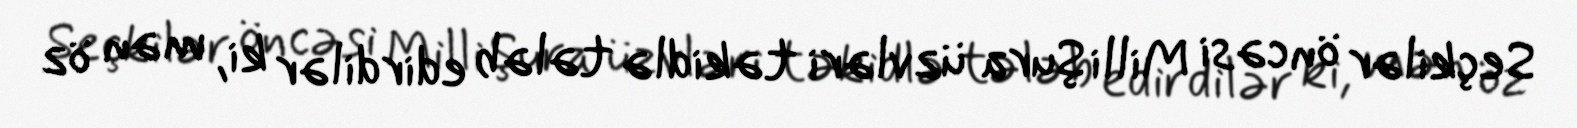
Seçkilər öncəsi Milli Şura üzvləri təkidlə tələb edirdilər ki, mən öz